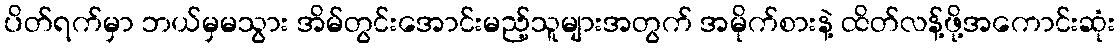
ပိတ်ရက်မှာ ဘယ်မှမသွား အိမ်တွင်းအောင်းမည့်သူများအတွက် အမိုက်စားနဲ့ ထိတ်လန့်ဖို့အကောင်းဆုံး